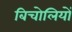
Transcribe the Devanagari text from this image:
बिचोलियों